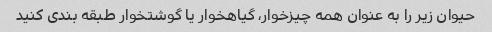
حیوان زیر را به عنوان همه چیزخوار، گیاهخوار یا گوشتخوار طبقه بندی کنید